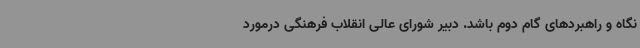
نگاه و راهبردهای گام دوم باشد. دبیر شورای عالی انقلاب فرهنگی درمورد